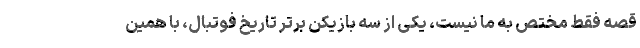
قصه فقط مختص به ما نیست، یکی از سه بازیکن برتر تاریخ فوتبال، با همین